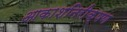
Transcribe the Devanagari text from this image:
आकाशनिरीक्षण